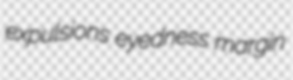
expulsions eyedness margin